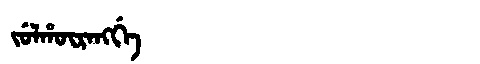
Manchu: ᠵᡠᠯᡥᡡᡵᠠᠩᡤᡝ
Romanization: JULHŪRANGGE